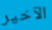
الآخير